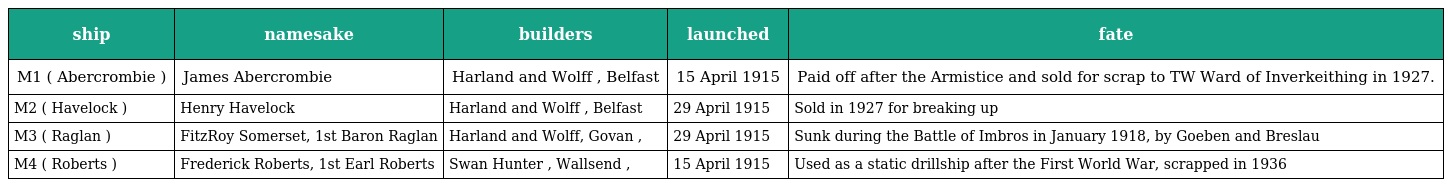
| ship | namesake | builders | launched | fate |
 | --- | --- | --- | --- | --- |
 | M1 ( Abercrombie ) | James Abercrombie | Harland and Wolff , Belfast | 15 April 1915 | Paid off after the Armistice and sold for scrap to TW Ward of Inverkeithing in 1927. |
 | M2 ( Havelock ) | Henry Havelock | Harland and Wolff , Belfast | 29 April 1915 | Sold in 1927 for breaking up |
 | M3 ( Raglan ) | FitzRoy Somerset, 1st Baron Raglan | Harland and Wolff, Govan , | 29 April 1915 | Sunk during the Battle of Imbros in January 1918, by Goeben and Breslau |
 | M4 ( Roberts ) | Frederick Roberts, 1st Earl Roberts | Swan Hunter , Wallsend , | 15 April 1915 | Used as a static drillship after the First World War, scrapped in 1936 |